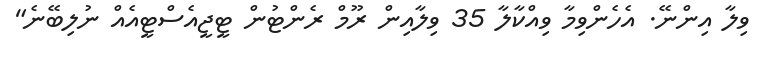
ވިލާ އިންނޭ. އެހެންވިމާ ވިއްކާލާ 35 ވިލާއިން ރޫމް ރެންޓުން ޓީޖީއެސްޓީއެއް ނުލިބޭނެ"